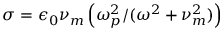
\sigma = \epsilon _ { 0 } \nu _ { m } \left( \omega _ { p } ^ { 2 } / ( \omega ^ { 2 } + \nu _ { m } ^ { 2 } ) \right)